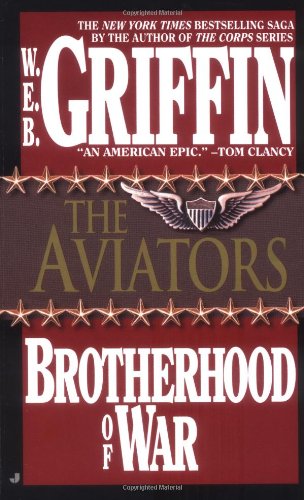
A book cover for The Aviators (Brotherhood of War, Book 8); W.E.B. Griffin; Literature & Fiction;